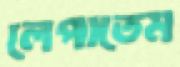
লেপাতেম